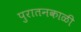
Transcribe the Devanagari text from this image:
पुरातनकाळी